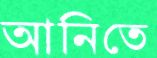
আনিতে